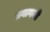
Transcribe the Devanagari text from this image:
प्रयागजी